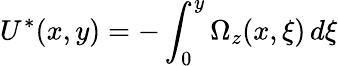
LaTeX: U^{*}(x,y)=-\int_{0}^{y}\Omega_{z}(x,\xi)\, d\xi